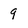
Character: 9